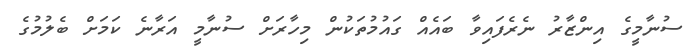
ސުނާމީގެ އިންޒާރު ނެރެފައިވާ ބައެއް ގައުމުތަކުން މިހާރަށް ސުނާމީ އަރާނެ ކަމަށް ބެލުމުގެ